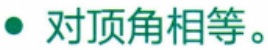
对顶角相等。